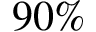
9 0 \%